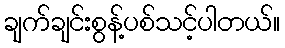
ချက်ချင်းစွန့်ပစ်သင့်ပါတယ်။